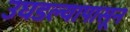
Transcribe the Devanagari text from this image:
उघडल्यापासून